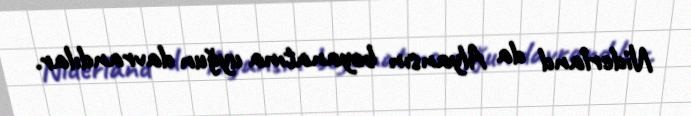
Niderland da Alyansın bəyanatına uyğun davrandılar.